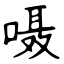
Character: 嗫